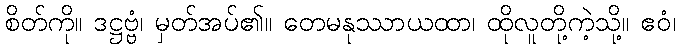
စိတ်ကို။ ဒဋ္ဌဗ္ဗံ၊ မှတ်အပ်၏။ တေမနုဿာယထာ၊ ထိုလူတို့ကဲ့သို့။ ဧဝံ၊